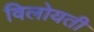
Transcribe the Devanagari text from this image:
विलोयती